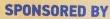
SPONSORED BY